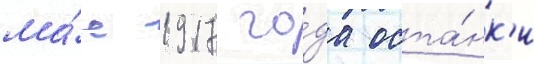
ма́е 1917 го́да оста́нк'и